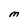
Character: M